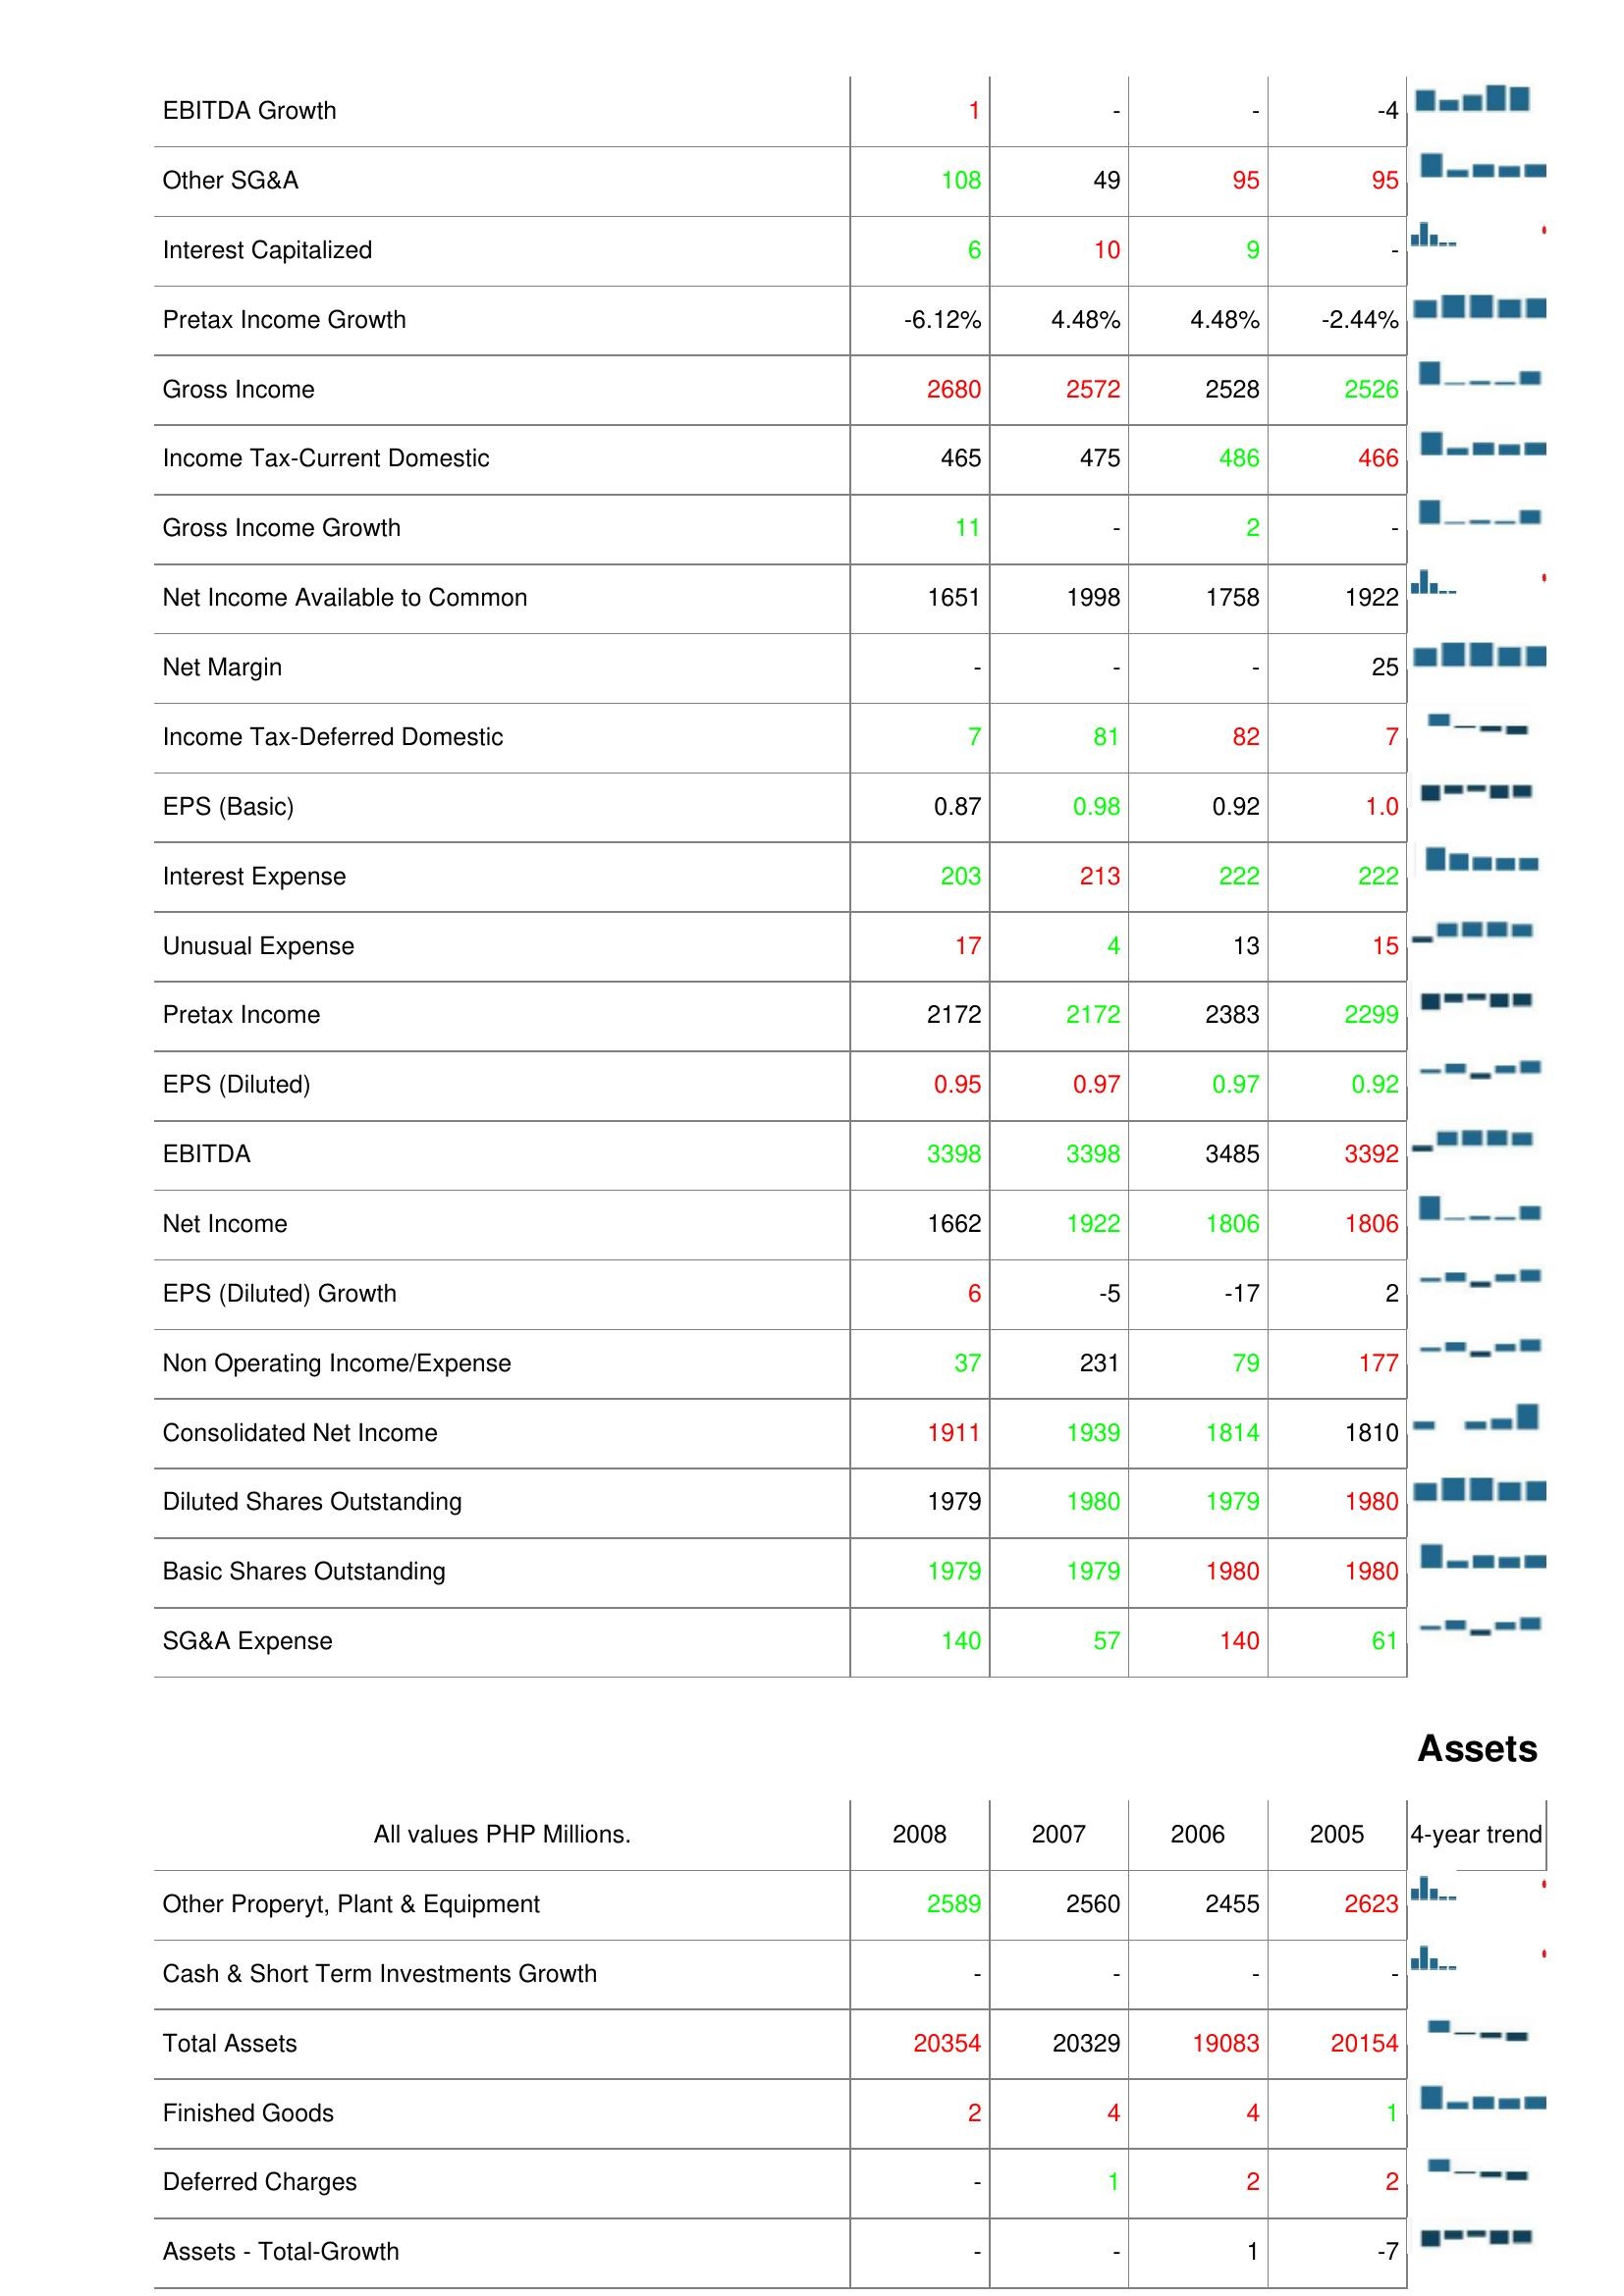
2008: : EBITDA Growth: 1
Other SG&A: 108
Interest Capitalized: 6
Pretax Income Growth: -6.12%
Gross Income: 2680
Income Tax-Current Domestic: 465
Gross Income Growth: 11
Net Income Available to Common: 1651
Net Margin: -
Income Tax-Deferred Domestic: 7
EPS (Basic): 0.87
Interest Expense: 203
Unusual Expense: 17
Pretax Income: 2172
EPS (Diluted): 0.95
EBITDA: 3398
Net Income: 1662
EPS (Diluted) Growth: 6
Non Operating Income/Expense: 37
Consolidated Net Income: 1911
Diluted Shares Outstanding: 1979
Basic Shares Outstanding: 1979
SG&A Expense: 140
Assets: Other Properyt, Plant & Equipment: 2589
Cash & Short Term Investments Growth: -
Total Assets: 20354
Finished Goods: 2
Deferred Charges: -
Assets - Total-Growth: -
2007: : EBITDA Growth: -
Other SG&A: 49
Interest Capitalized: 10
Pretax Income Growth: 4.48%
Gross Income: 2572
Income Tax-Current Domestic: 475
Gross Income Growth: -
Net Income Available to Common: 1998
Net Margin: -
Income Tax-Deferred Domestic: 81
EPS (Basic): 0.98
Interest Expense: 213
Unusual Expense: 4
Pretax Income: 2172
EPS (Diluted): 0.97
EBITDA: 3398
Net Income: 1922
EPS (Diluted) Growth: -5
Non Operating Income/Expense: 231
Consolidated Net Income: 1939
Diluted Shares Outstanding: 1980
Basic Shares Outstanding: 1979
SG&A Expense: 57
Assets: Other Properyt, Plant & Equipment: 2560
Cash & Short Term Investments Growth: -
Total Assets: 20329
Finished Goods: 4
Deferred Charges: 1
Assets - Total-Growth: -
2006: : EBITDA Growth: -
Other SG&A: 95
Interest Capitalized: 9
Pretax Income Growth: 4.48%
Gross Income: 2528
Income Tax-Current Domestic: 486
Gross Income Growth: 2
Net Income Available to Common: 1758
Net Margin: -
Income Tax-Deferred Domestic: 82
EPS (Basic): 0.92
Interest Expense: 222
Unusual Expense: 13
Pretax Income: 2383
EPS (Diluted): 0.97
EBITDA: 3485
Net Income: 1806
EPS (Diluted) Growth: -17
Non Operating Income/Expense: 79
Consolidated Net Income: 1814
Diluted Shares Outstanding: 1979
Basic Shares Outstanding: 1980
SG&A Expense: 140
Assets: Other Properyt, Plant & Equipment: 2455
Cash & Short Term Investments Growth: -
Total Assets: 19083
Finished Goods: 4
Deferred Charges: 2
Assets - Total-Growth: 1
2005: : EBITDA Growth: -4
Other SG&A: 95
Interest Capitalized: -
Pretax Income Growth: -2.44%
Gross Income: 2526
Income Tax-Current Domestic: 466
Gross Income Growth: -
Net Income Available to Common: 1922
Net Margin: 25
Income Tax-Deferred Domestic: 7
EPS (Basic): 1.0
Interest Expense: 222
Unusual Expense: 15
Pretax Income: 2299
EPS (Diluted): 0.92
EBITDA: 3392
Net Income: 1806
EPS (Diluted) Growth: 2
Non Operating Income/Expense: 177
Consolidated Net Income: 1810
Diluted Shares Outstanding: 1980
Basic Shares Outstanding: 1980
SG&A Expense: 61
Assets: Other Properyt, Plant & Equipment: 2623
Cash & Short Term Investments Growth: -
Total Assets: 20154
Finished Goods: 1
Deferred Charges: 2
Assets - Total-Growth: -7